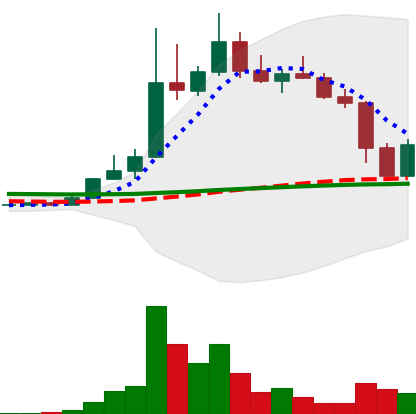
Ticker: DOGE-USD
Chart end date: 2022-11-10
Forward return: -3.138%
Label: down_3_5